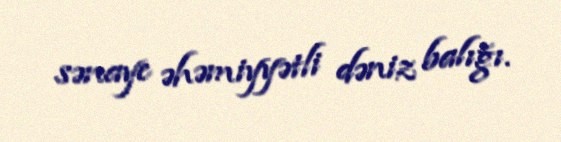
sənaye əhəmiyyətli dəniz balığı.